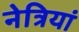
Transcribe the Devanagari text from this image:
नेत्रियां